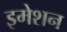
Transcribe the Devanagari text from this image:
इमेशन